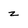
Character: z